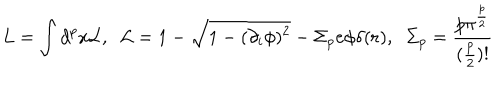
L = \int d ^ { p } x { \cal L } , \; \; { \cal L } = 1 - \sqrt { 1 - ( \partial _ { i } \phi ) ^ { 2 } } - \Sigma _ { p } e \phi \delta ( { \bf r } ) , \; \; \Sigma _ { p } = \frac { p \pi ^ { \frac { p } { 2 } } } { ( \frac { p } { 2 } ) ! }